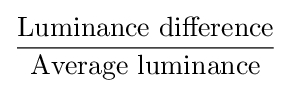
{\frac {\mbox{Luminance difference}}{\mbox{Average luminance}}}